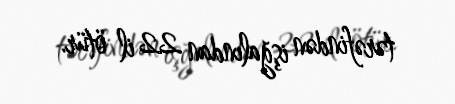
tərəfindən işğalından 22 il ötür.